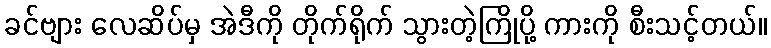
ခင်ဗျား လေဆိပ်မှ အဲဒီကို တိုက်ရိုက် သွားတဲ့ကြိုပို့ ကားကို စီးသင့်တယ်။